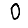
Digit: 0